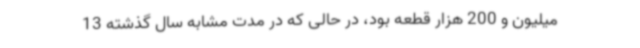
میلیون و 200 هزار قطعه بود، در حالی که در مدت مشابه سال گذشته 13